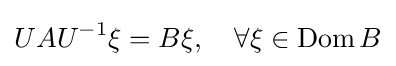
UAU^{-1}\xi =B\xi ,\quad \forall \xi \in \operatorname {Dom} B